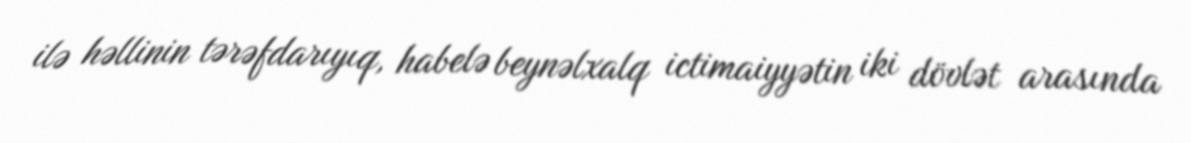
ilə həllinin tərəfdarıyıq, habelə beynəlxalq ictimaiyyətin iki dövlət arasında